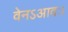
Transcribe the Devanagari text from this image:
वेनऽआवः।